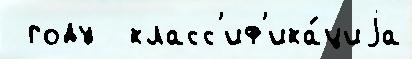
 году  класс'иф'ика́циjа